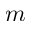
m